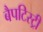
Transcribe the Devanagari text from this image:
बैपटिस्ट्री